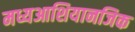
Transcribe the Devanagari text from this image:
मध्यआशियानजिक